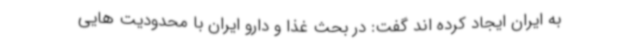
به ایران ایجاد کرده اند گفت: در بحث غذا و دارو ایران با محدودیت هایی